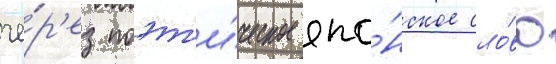
че́р'ез поэт'и́ческое япо́нское сло́во